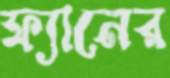
ফ্যানের